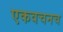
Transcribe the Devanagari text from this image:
एकवचनच